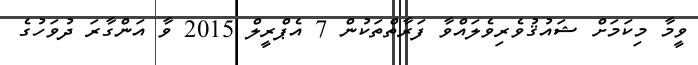
ވީމާ މިކަމަށް ޝައުޤުވެރިވެލައްވާ ފަރާތްތަކުން 7 އެޕްރީލް 2015 ވާ އަންގާރަ ދުވަހުގެ